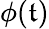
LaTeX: \phi(\mathfrak{t})